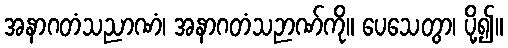
အနာဂတံသညာဏံ၊ အနာဂတံသဉာဏ်ကို။ ပေသေတွာ၊ ပို့၍။